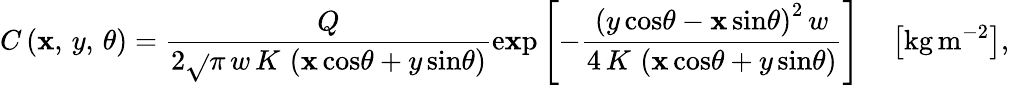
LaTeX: C\left(\mathbf{x},\, y,\, \theta\right)=\frac{{Q}}{{2\sqrt{}{{\pi\, w\, K\, \left(\mathbf{x}\, \mathrm{{cos}}\theta+y\, \mathrm{{sin}}\theta\right)}}}}\mathrm{{e\mathbf{x}p}}\left[-\frac{{\left(y\, \mathrm{{cos}}\theta-\mathbf{x}\, \mathrm{{sin}}\theta\right)^{2}\, w}}{{4\, K\, \left(\mathbf{x}\, \mathrm{{cos}}\theta+y\, \mathrm{{sin}}\theta\right)}}\right]\quad\left[\mathrm{{kg}}\, \mathrm{{m}}^{-2}\right],